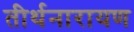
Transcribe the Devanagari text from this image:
तीर्थनारायण